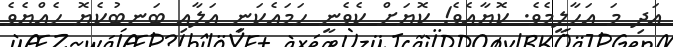
އަދި މަ އަހާލީމެވެ. ކޮޔާއެވެ! ކޮޔަށް ކެވެނީ ހަމައެކަނި އަލާއި ބަނބުކެޔޮ ހެއްޔެވެ